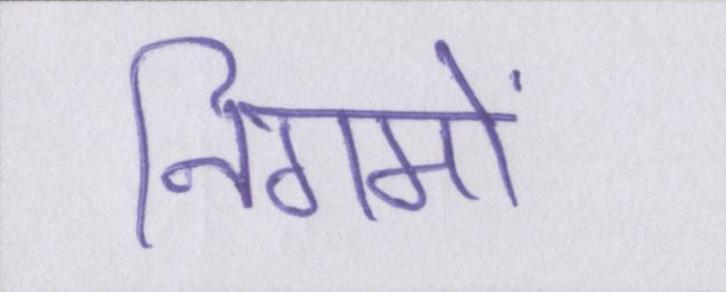
निगमों